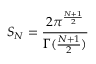
S _ { N } = \frac { 2 \pi ^ { \frac { N + 1 } { 2 } } } { \Gamma ( \frac { N + 1 } { 2 } ) }